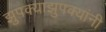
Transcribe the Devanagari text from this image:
झुपक्याझुपक्यांनी